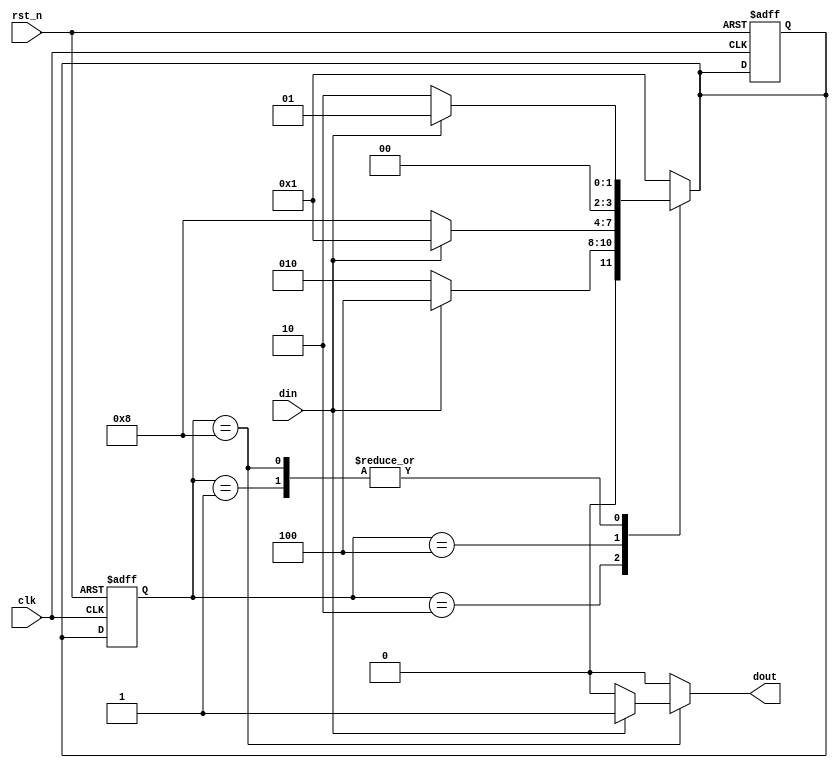
module FSM_book(
	input	clk,
	input	rst_n,
	input	din,
	output	dout
);

//----------------------//
parameter s0 = 4'b0001;
parameter s1 = 4'b0010;
parameter s2 = 4'b0100;
parameter s3 = 4'b1000;

//-------------------//
reg		[3:0]	current_state;
reg		[3:0]	next_state;
always @(posedge clk or negedge rst_n) begin
	if(!rst_n)	begin
		current_state <= s0;
		next_state <= s0;
	end
	else	begin
		current_state <= next_state;
	end
end

//-------------------//
reg	out;
always @(current_state or din) begin
	next_state = s0;
	out = 0;
	case (current_state)
		s0:	begin
			out = 0;
			next_state = (din == 0) ? s1 : s0; 
			end
		s1: begin
			out = 0;
			next_state = (din == 1) ? s2 : s1;
			end
		s2: begin
			out = 0;
			next_state = (din == 0) ? s3 : s0;
			end
		s3: begin
			if(din == 1)	begin
				out = 1;
				next_state = s0;
			end
			else	begin
				out = 0;
				next_state = s1;
			end
			end
	  	default: ;
	endcase
end

assign	dout = out;

endmodule